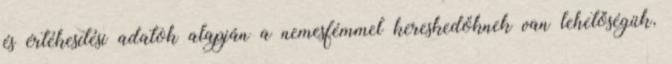
és értékesítési adatok alapján a nemesfémmel kereskedőknek van lehetőségük,